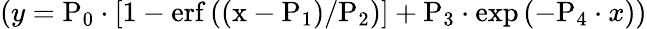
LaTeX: (y=\mathrm{P_{0}}\cdot\left[1-\mathrm{erf\left((x-\mathrm{P_{1}})/\mathrm{P_{2}}\right)}\right]+\mathrm{P_{3}}\cdot\exp\left(-\mathrm{P_{4}}\cdot x\right))